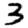
Digit: 3